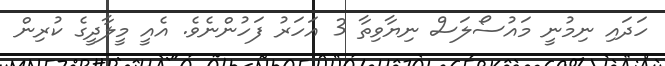
ހަދައި ނިމުނީ މައުސޯލަސް ނިޔާވިތާ 3 އަހަރު ފަހުންނެވެ. އެއީ މީލާދީގެ ކުރިން